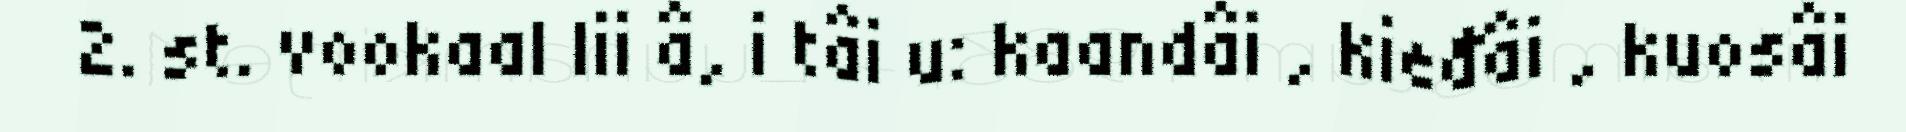
2. st. vookaal lii â, i tâi u: kaandâi , kieđâi , kuosâi